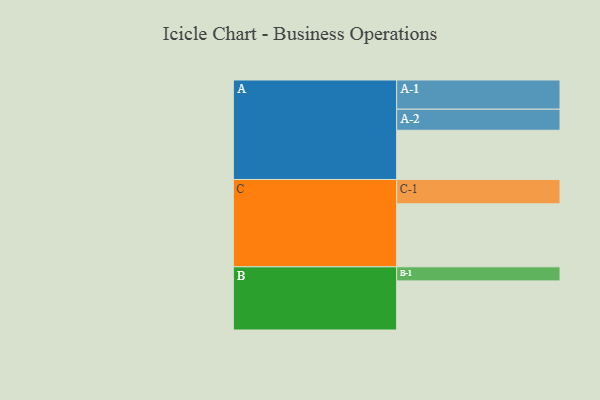
{"axis": {"x": "Segment", "y": "Value"}, "legend": ["", "A", "B", "C"], "data": [{"x": "A", "y": 381, "type": ""}, {"x": "B", "y": 380, "type": ""}, {"x": "C", "y": 488, "type": ""}, {"x": "A-1", "y": 226, "type": "A"}, {"x": "A-2", "y": 163, "type": "A"}, {"x": "B-1", "y": 109, "type": "B"}, {"x": "C-1", "y": 188, "type": "C"}]}